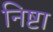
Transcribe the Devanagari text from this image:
निष्टा